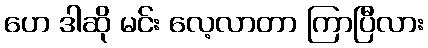
ဟေ ဒါဆို မင်း လေ့လာတာ ကြာပြီလား